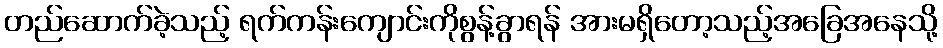
တည်ဆောက်ခဲ့သည့် ရက်ကန်းကျောင်းကိုစွန့်ခွာရန် အားမရှိတော့သည့်အခြေအနေသို့